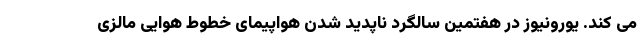
می کند. یورونیوز در هفتمین سالگرد ناپدید شدن هواپیمای خطوط هوایی مالزی